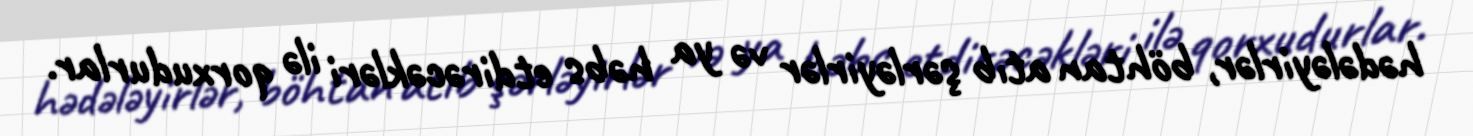
hədələyirlər, böhtan atıb şərləyirlər və ya həbs etdirəcəkləri ilə qorxudurlar.